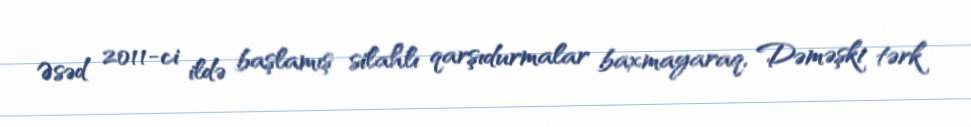
Əsəd 2011-ci ildə başlamış silahlı qarşıdurmalar baxmayaraq, Dəməşki tərk